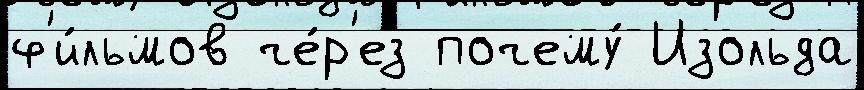
ф'и́льмов че́р'ез почему́ Изольда